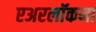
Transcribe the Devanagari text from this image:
एअरलॉकना